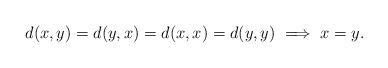
LaTeX: \begin{align*} d(x,y)=d(y,x)=d(x,x)=d(y,y)\implies x=y.\end{align*}